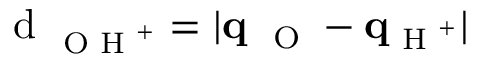
\textrm { d } _ { \textrm { \scriptsize O H } ^ { + } } = | \mathbf { q } _ { \mathrm { ~ \scriptsize ~ O ~ } } - \mathbf { q } _ { \textrm { \scriptsize H } ^ { + } } |